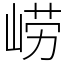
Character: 崂